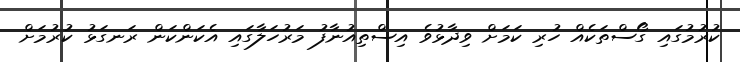
ކުރުމުގައި ގޯސްތަކެއް ހުރި ކަމަށް ވިދާޅުވެ އިސްތިއުނާފު މަރުހަލާގައި އެކަންކަން ރަނގަޅު ކުރުމަށް